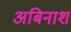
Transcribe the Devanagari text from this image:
अबिनाश